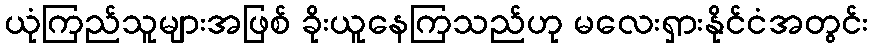
ယုံကြည်သူများအဖြစ် ခိုးယူနေကြသည်ဟု မလေးရှားနိုင်ငံအတွင်း